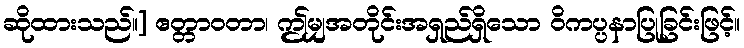
ဆိုထားသည်။] ဧတ္တာဝတာ၊ ဤမျှအတိုင်းအရှည်ရှိသော ဝိကပ္ပနာပြုခြင်းဖြင့်။